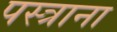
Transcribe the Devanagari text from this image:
पस्त्राना